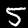
Digit: 5